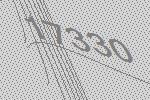
17330